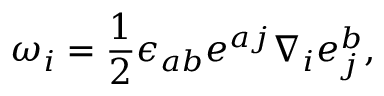
\omega _ { i } = \frac { 1 } { 2 } \epsilon _ { a b } e ^ { a j } \nabla _ { i } e _ { j } ^ { b } ,